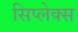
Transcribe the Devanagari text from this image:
सिप्लेक्स